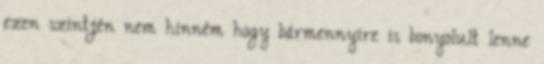
ezen szintjén nem hinném hogy bármennyire is bonyolult lenne